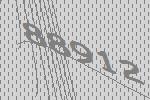
88912